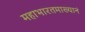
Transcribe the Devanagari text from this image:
महाभारतमाख्यानं